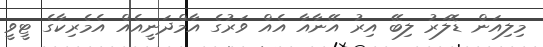
މިލިއަން ޑޮލަރު ލިބޭ އިރު އޭނާއާ އެއް ވަރުގެ އާމްދަނީއެއް އެމެރިކާގެ ޓީވީ